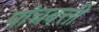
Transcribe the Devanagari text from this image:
पांचबत्ती